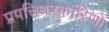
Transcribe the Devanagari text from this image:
प्रपत्तिधरकारिणो